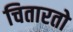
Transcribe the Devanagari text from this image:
चितारतो